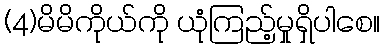
(4)မိမိကိုယ်ကို ယုံကြည့်မှုရှိပါစေ။